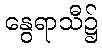
နွေရာသီ၌